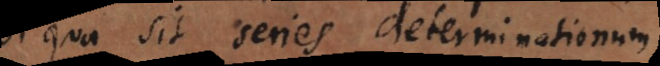
qua sit series determinationum